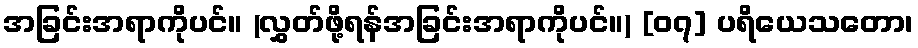
အခြင်းအရာကိုပင်။ (လွှတ်ဖို့ရန်အခြင်းအရာကိုပင်။) [၀၇] ပရိယေသတော၊